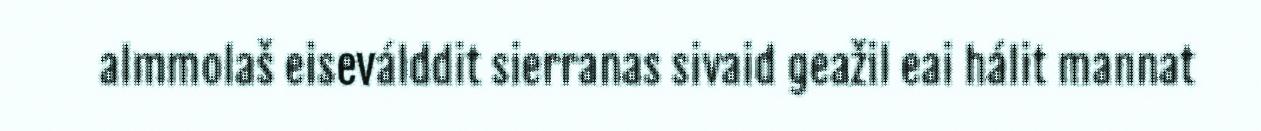
almmolaš eiseválddit sierranas sivaid geažil eai hálit mannat